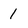
Character: 1